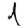
Digit: 1